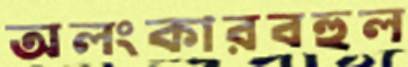
অলংকারবহুল